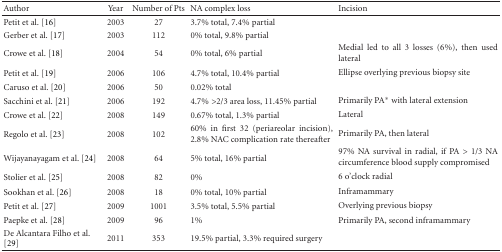
| Author | Year | Number of Pts | NA complex loss | Incision |
 | --- | --- | --- | --- | --- |
 | Petit et al. [16] | 2003 | 27 | 3.7% total, 7.4% partial |  |
 | Gerber et al. [17] | 2003 | 112 | 0% total, 9.8% partial |  |
 | Crowe et al. [18] | 2004 | 54 | 0% total, 6% partial | Medial led to all 3 losses (6%), then used lateral |
 | Petit et al. [19] | 2006 | 106 | 4.7% total, 10.4% partial | Ellipse overlying previous biopsy site |
 | Caruso et al. [20] | 2006 | 50 | 0.02% total |  |
 | Sacchini et al. [21] | 2006 | 192 | 4.7% >2/3 area loss, 11.45% partial | Primarily PA∗ with lateral extension |
 | Crowe et al. [22] | 2008 | 149 | 0.67% total, 1.3% partial | Lateral |
 | Regolo et al. [23] | 2008 | 102 | 60% in first 32 (periareolar incision), 2.8% NAC complication rate thereafter | Primarily PA, then lateral |
 | Wijayanayagam et al. [24] | 2008 | 64 | 5% total, 16% partial | 97% NA survival in radial, if PA > 1/3 NA circumference blood supply compromised |
 | Stolier et al. [25] | 2008 | 82 | 0% | 6 o'clock radial |
 | Sookhan et al. [26] | 2008 | 18 | 0% total, 10% partial | Inframammary |
 | Petit et al. [27] | 2009 | 1001 | 3.5% total, 5.5% partial | Overlying previous biopsy |
 | Paepke et al. [28] | 2009 | 96 | 1% | Primarily PA, second inframammary |
 | De Alcantara Filho et al. [29] | 2011 | 353 | 19.5% partial, 3.3% required surgery |  |